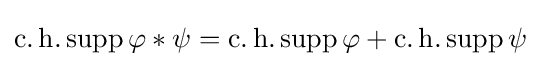
\operatorname {c.h.} \operatorname {supp} \varphi \ast \psi =\operatorname {c.h.} \operatorname {supp} \varphi +\operatorname {c.h.} \operatorname {supp} \psi